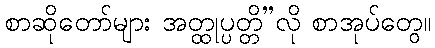
စာဆိုတော်များ အတ္ထုပ္ပတ္တိ”လို စာအုပ်တွေ။